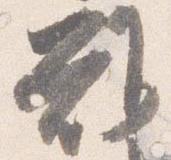
難